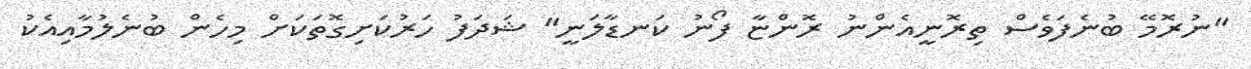
"ނުރޮމޭ ބުނެފަވެސް ތިރޮނީއެންނު ރޮންޏާ ފޯނު ކަނޑާލަނީ" ޝަދަފު ހަރުކަށިގޮތަކަށް މިހެން ބުނެލުމާއިއެކު